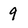
Character: 9